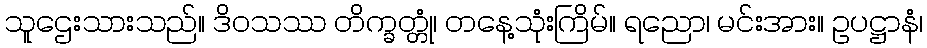
သူဌေးသားသည်။ ဒိဝသဿ တိက္ခတ္တုံ၊ တနေ့သုံးကြိမ်။ ရညော၊ မင်းအား။ ဥပဋ္ဌာနံ၊